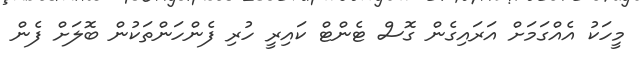
މީހަކު އެއްގަމަށް އަރައިގެން ގޮސް ޓެންޓް ކައިރީ ހުރި ފެންހަންތަކުން ބޮލަށް ފެން